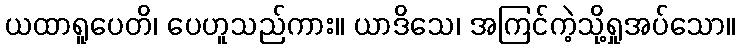
ယထာရူပေတိ၊ ပေဟူသည်ကား။ ယာဒိသေ၊ အကြင်ကဲ့သို့ရှုအပ်သော။